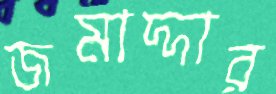
জমাদ্দার